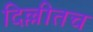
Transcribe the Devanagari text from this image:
दिल्लीतच